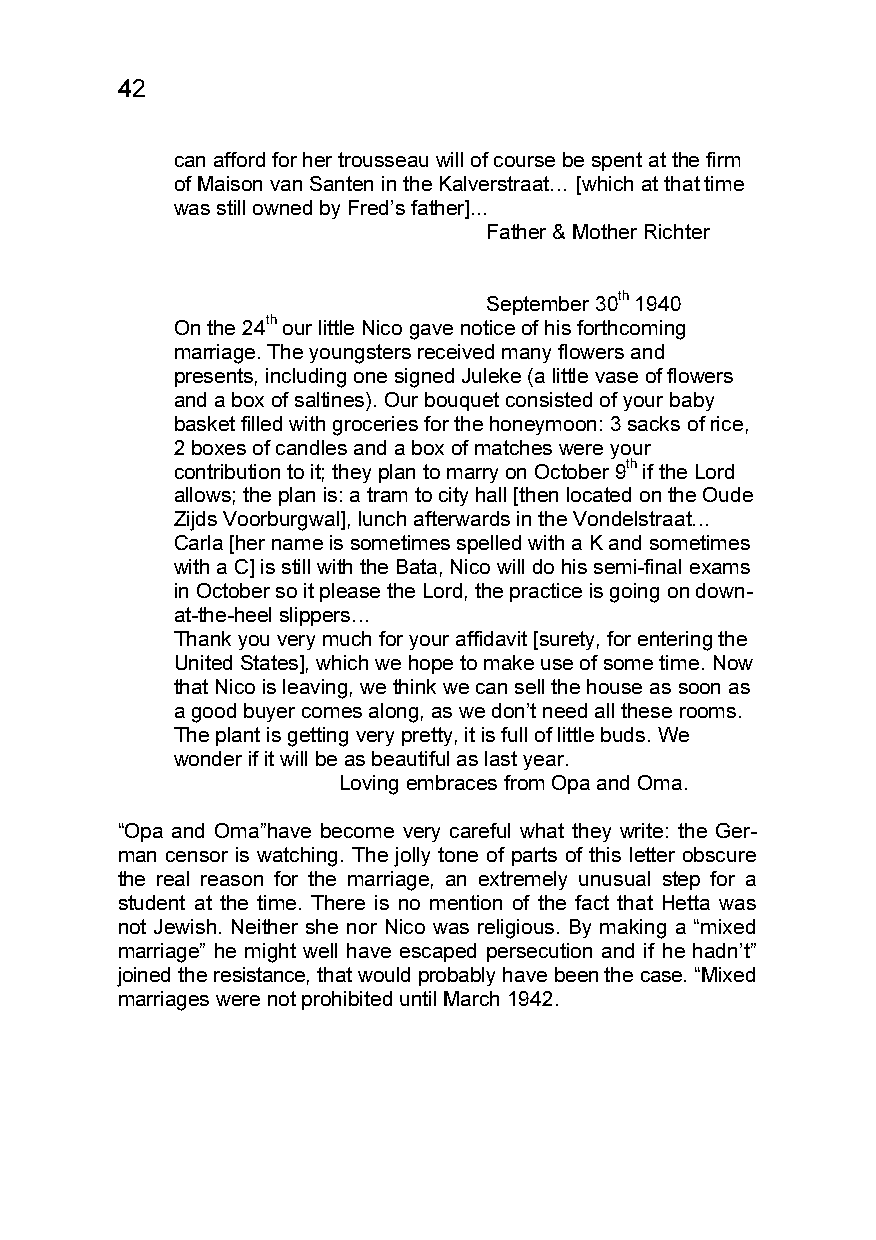
42
 can afford for her trousseau will of course be spent at the firm
 of Maison van Santen in the Kalverstraat… [which at that time
 was still owned by Fred’s father]...
 Father & Mother Richter
 September 30th 1940
 On the 24th our little Nico gave notice of his forthcoming
 marriage. The youngsters received many flowers and
 presents, including one signed Juleke (a little vase of flowers
 and a box of saltines). Our bouquet consisted of your baby
 basket filled with groceries for the honeymoon: 3 sacks of rice,
 2 boxes of candles and a box of matches were your
 contribution to it; they plan to marry on October 9th if the Lord
 allows; the plan is: a tram to city hall [then located on the Oude
 Zijds Voorburgwal], lunch afterwards in the Vondelstraat…
 Carla [her name is sometimes spelled with a K and sometimes
 with a C] is still with the Bata, Nico will do his semi-final exams
 in October so it please the Lord, the practice is going on down-
 at-the-heel slippers…
 Thank you very much for your affidavit [surety, for entering the
 United States], which we hope to make use of some time. Now
 that Nico is leaving, we think we can sell the house as soon as
 a good buyer comes along, as we don’t need all these rooms.
 The plant is getting very pretty, it is full of little buds. We
 wonder if it will be as beautiful as last year.
 Loving embraces from Opa and Oma.
 “Opa and Oma”have become very careful what they write: the Ger-
 man censor is watching. The jolly tone of parts of this letter obscure
 the real reason for the marriage, an extremely unusual step for a
 student at the time. There is no mention of the fact that Hetta was
 not Jewish. Neither she nor Nico was religious. By making a “mixed
 marriage” he might well have escaped persecution and if he hadn’t”
 joined the resistance, that would probably have been the case. “Mixed
 marriages were not prohibited until March 1942.